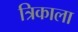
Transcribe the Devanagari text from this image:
त्रिकाला